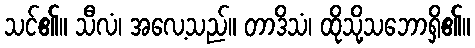
သင်၏။ သီလံ၊ အလေ့သည်။ တာဒိသံ၊ ထိုသို့သဘောရှိ၏။